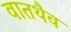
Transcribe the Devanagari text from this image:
वातथैव